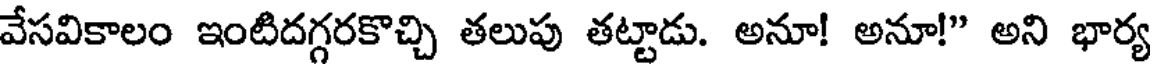
వేసవికాలం ఇంటిదగ్గరకొచ్చి తలుపు తట్టాడు. అనూ! అనూ!" అని భార్య